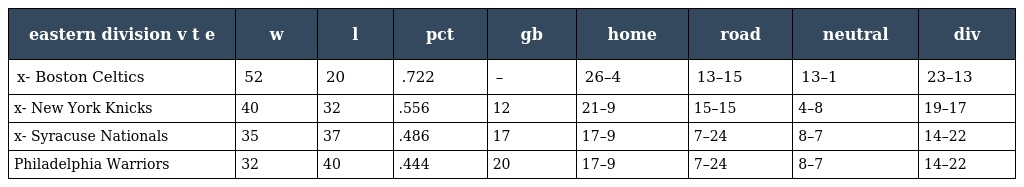
| eastern division v t e | w | l | pct | gb | home | road | neutral | div |
 | --- | --- | --- | --- | --- | --- | --- | --- | --- |
 | x- Boston Celtics | 52 | 20 | .722 | – | 26–4 | 13–15 | 13–1 | 23–13 |
 | x- New York Knicks | 40 | 32 | .556 | 12 | 21–9 | 15–15 | 4–8 | 19–17 |
 | x- Syracuse Nationals | 35 | 37 | .486 | 17 | 17–9 | 7–24 | 8–7 | 14–22 |
 | Philadelphia Warriors | 32 | 40 | .444 | 20 | 17–9 | 7–24 | 8–7 | 14–22 |